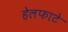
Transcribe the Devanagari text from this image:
हेलफाटे